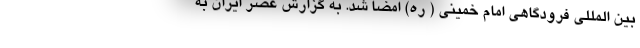
بین المللی فرودگاهی امام خمینی ( ره) امضا شد. به گزارش عصر ایران به